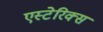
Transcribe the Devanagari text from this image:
एस्टेरिक्स